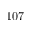
\times 1 0 7